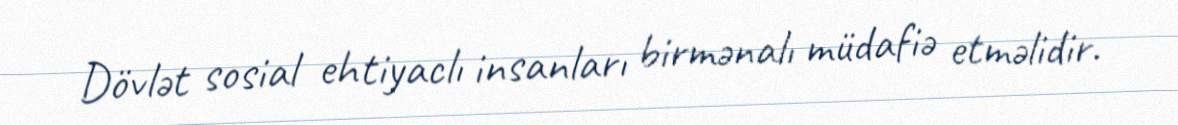
Dövlət sosial ehtiyaclı insanları birmənalı müdafiə etməlidir.